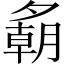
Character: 𪤾